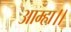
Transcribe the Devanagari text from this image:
आम्हा।।